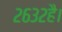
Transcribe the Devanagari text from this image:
२६३२है।